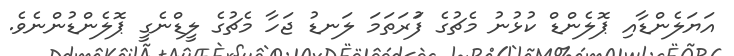
އަޔަލެންޑާއި ޕޮލެންޑް ކުޅުނު މެޗުގެ ފުަރަތަމަ ލަނޑު ޖަހާ މެޗުގެ ލީޑްނެގީ ޕޮލެންޑުންނެވެ.